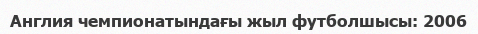
Англия чемпионатындағы жыл футболшысы: 2006